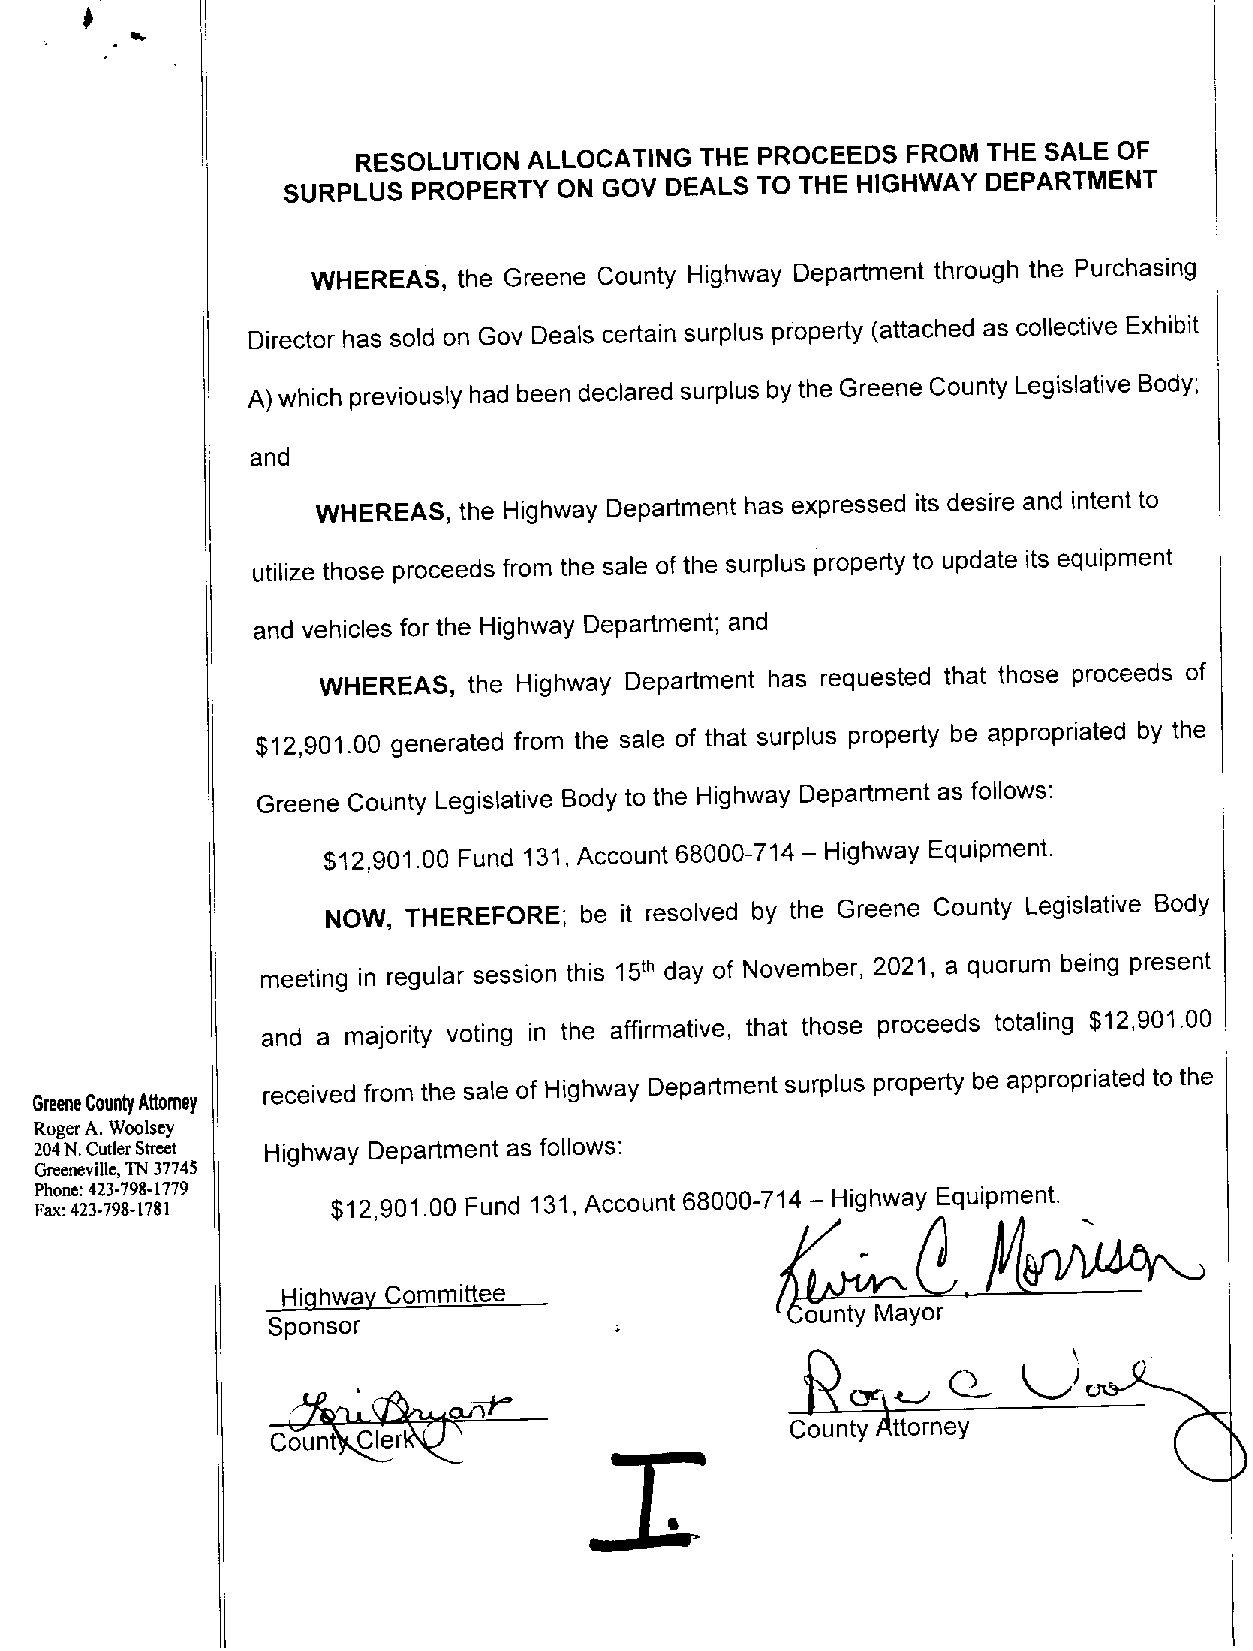
RESOLUTION ALLOCATING THE PROCEEDS  FROM THE SALE OF
 SURPLUS PROPERTY  ON GOV DEALS TO THE HIGHWAY DEPARTMENT
 WHEREAS, the Greene County Highway Department through the Purchasing
 Director has sold on Gov Deals certain surplus property (attached as collective Exhibit
 A) which previously had been declared surplus bythe Greene County Legislative Body;
 and
 WHEREAS, the Highway Department has expressed its desire and intent to
 utilize those proceeds from the sale ofthe surplus property to update its equipment
 and vehicles forthe Highway Department; and
 WHEREAS,  the Highway Department has requested that those proceeds of
 $12,901.00 generated from the sale of that surplus property be appropriated by the
 Greene County Legislative Body to the Highway Department as follows:
 $12,901.00 Fund 131, Account 68000-714 Highway Equipment.
 —
 NOW, THEREFORE; be it resolved by the Greene County Legislative Body
 meeting in regular session this day of November, 2021, a quorum being present
 th
 15
 and a majority voting in the affirmative, that those proceeds totaling $12,901.00
 GreeneCountyAttorney received from the sale ofHighway Department surplus property be appropriated to the
 RogerA.Woolsey
 204N.Cutler5treet Highway Department as follows:
 Greeneville,TN 37745
 Phone: 423.798-1779
 Fax:423.798-1781    $12,901.00 Fund 131, Account 68000-714 Highway Equipment.
 —
 Highway Committee
 Sponsor